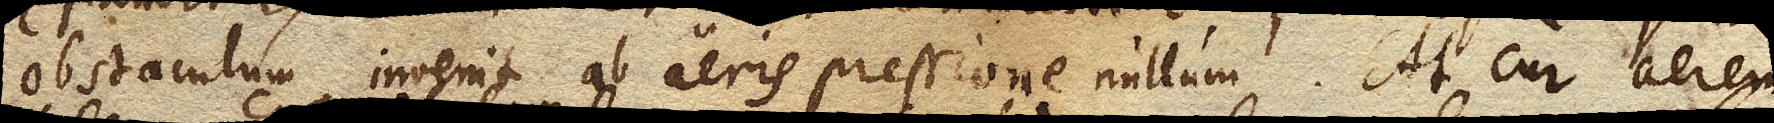
obstaculum invenit ab aeris pressione nullum. At cur aerem